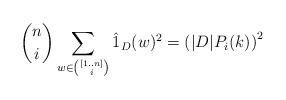
LaTeX: \begin{align*}{n \choose i}\sum_{w\in {[1..n]\choose i}}\hat{1}_D(w)^2=\left(|D|P_i(k)\right)^2 \end{align*}